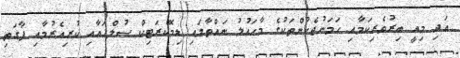
އަދި މިއީ ބިރުވެރިކަމާއި ހަމަނުޖެހުންތަކުގެ މާހައުލު ނައްތާލައި ޑިމޮކްރަޓިކް ސުލްހައާއި ކުރިއެރުމާއި ފާގަތި